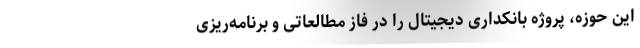
این حوزه، پروژه بانکداری دیجیتال را در فاز مطالعاتی و برنامه‌ریزی